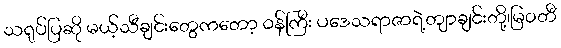
သရုပ်ပြဆို မယ့်သီချင်းတွေကတော့ ဝန်ကြီး ပဒေသရာဇာရဲ့တျာချင်းတို့၊မြဝတီ